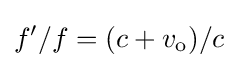
f'/f=(c+v_{\rm {o}})/c